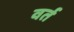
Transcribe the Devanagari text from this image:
वर्त